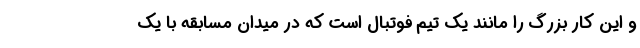
و این کار بزرگ را مانند یک تیم فوتبال است که در میدان مسابقه با یک